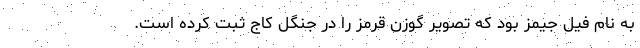
به نام فیل جیمز بود که تصویر گوزن قرمز را در جنگل کاج ثبت کرده است.